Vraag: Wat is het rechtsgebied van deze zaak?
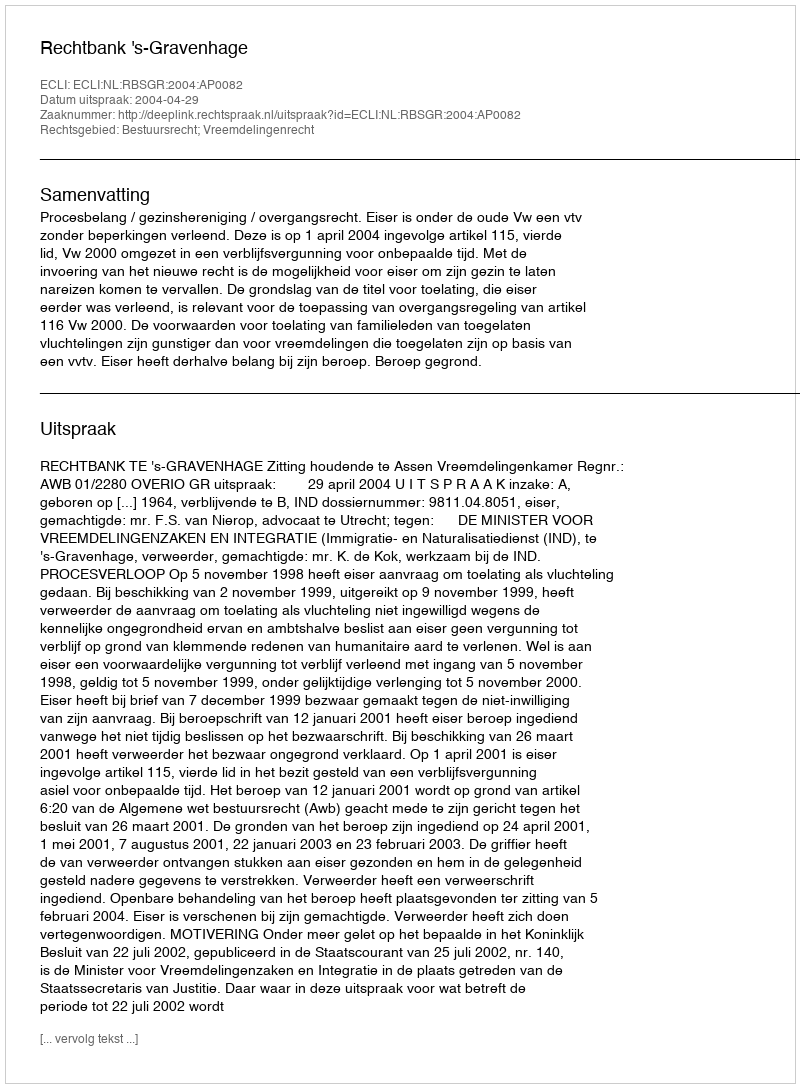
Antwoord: Bestuursrecht; Vreemdelingenrecht